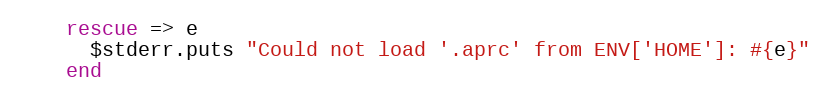
Language: Ruby
    rescue => e
      $stderr.puts "Could not load '.aprc' from ENV['HOME']: #{e}"
    end